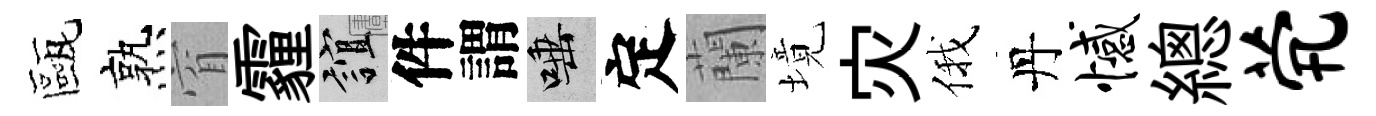
甌熟窅霾誼件謂唾定蘭境灾俄丹憾總茕